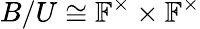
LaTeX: B/U\cong\mathbb{F}^{\times}\times\mathbb{F}^{\times}